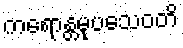
ကရောန္တမုပသေဝတိ